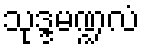
သုဒ္ဒမဏ္ဍလံ